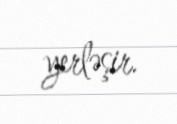
yerləşir.